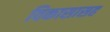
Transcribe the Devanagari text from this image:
विकासासह